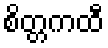
စိတ္တကထီ